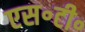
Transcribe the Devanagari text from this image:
एस॰टी॰